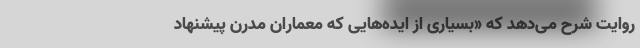
روایت شرح می‌دهد که «بسیاری از ایده‌هایی که معماران مدرن پیشنهاد